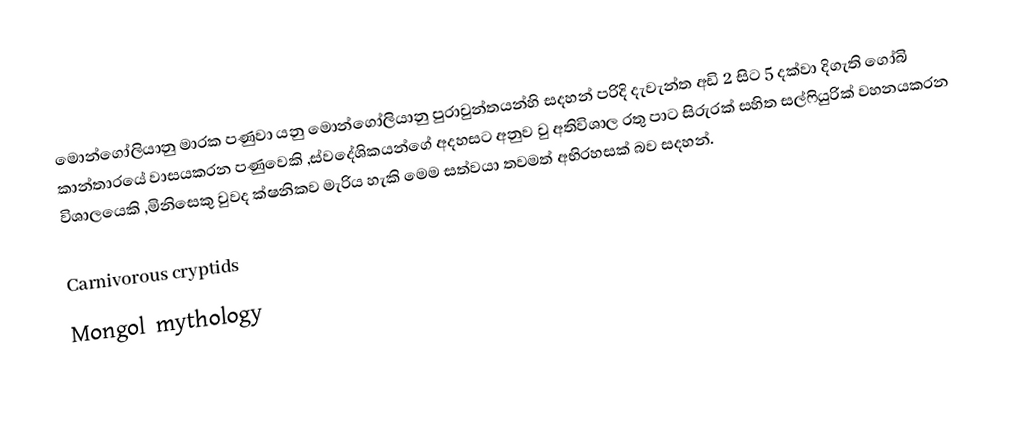
මොන්ගෝලියානු මාරක පණුවා යනු මොන්ගෝලියානු පුරාවුන්තයන්හි සදහන් පරිදි දැවැන්ත අඩි 2 සිට 5 දක්වා දිගැති ගෝබි කාන්තාරයේ වාසයකරන පණුවෙකි ,ස්වදේශිකයන්ගේ අදහසට අනුව වු අතිවිශාල රතු පාට සිරුරක් සහිත සල්ෆියුරික් වහනයකරන විශාලයෙකි ,මිනිසෙකු වුවද ක්ෂනිකව මැරිය හැකි මෙම සත්වයා තවමත් අභිරහසක් බව සදහන්.

Carnivorous cryptids
Mongol mythology